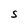
Character: S